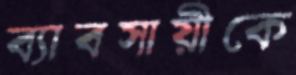
ব্যাবসায়ীকে